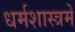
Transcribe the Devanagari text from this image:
धर्मशास्त्रमें